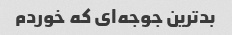
بدترین جوجه‌ای که خوردم